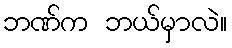
ဘဏ်က ဘယ်မှာလဲ။